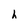
Character: h